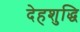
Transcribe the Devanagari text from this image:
देहशुद्धि